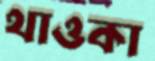
থাওকা